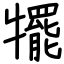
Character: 犤